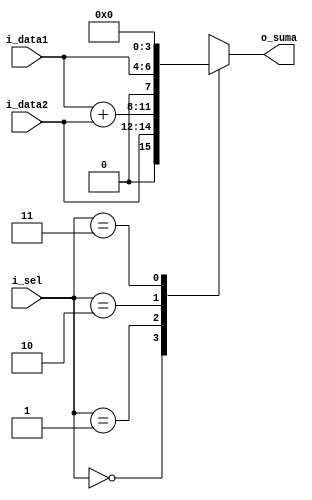
//! @title Bloque de sumador selectivo
//! @file sumador_selectivo.v
//! @author MartinE

// Definiciones

`timescale 1ns/100ps

module sumador_selectivo (
    output  [3:0]  o_suma,  //! Salida de la suma
    input   [2:0]  i_data1, //! Entrada 1
    input   [2:0]  i_data2, //! Entrada 2
    input   [1:0]  i_sel    //! Selector de suma
);

reg    [3:0]   salida_mux;  //Defino un registro para que a la salida sea un registro?

//! Descripcin del bloque
always @(*) begin : selector_de_suma
    case (i_sel)
        2'b00:  salida_mux = {1'b0,i_data2};
        2'b01:  salida_mux = (i_data1 + i_data2);
        2'b10:  salida_mux = {1'b0, i_data1};
        2'b11:  salida_mux = 4'b0000;   //Agrego el caso de que i_sel sea 3, 
    endcase
end

assign o_suma = salida_mux;

endmodule